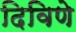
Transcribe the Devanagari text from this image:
दिविणे